Report of the Indian Hemp Drugs Commission, 1894-1895 - Volume VI
Year: 1894
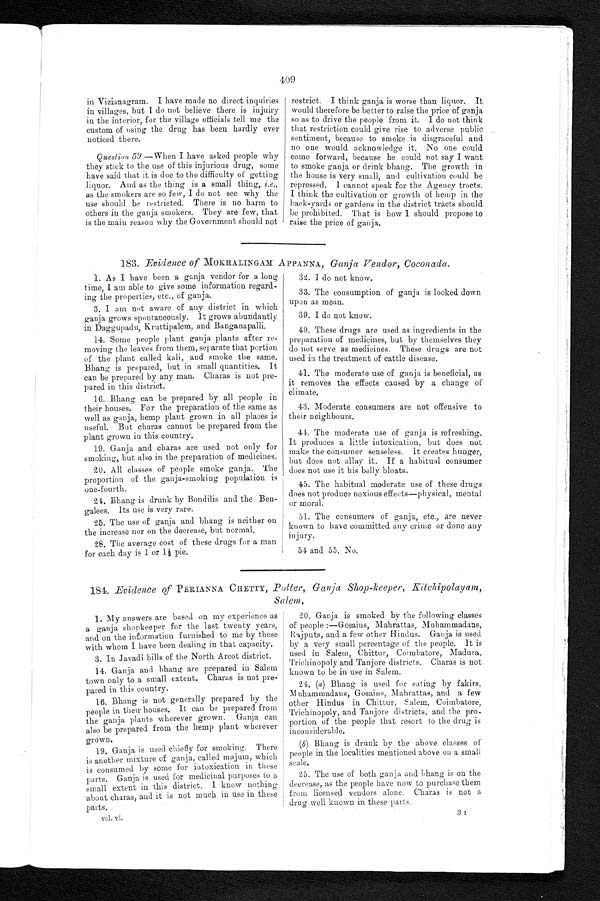
409
in Vizianagram. I have made no direct inquiries
in villages, but I do not believe there is injuiry
in the interior, for the village officials tell me the
custom of using the drug has been hardly ever
noticed there.
Question 59 .—When I have asked people why
they stick to the use of this injurious drug, some
have said that it is due to the difficulty of getting
liquor. And as the thing is a small thing, i.e.,
as the smokers are so few, I do not see why the
use should be restricted. There is no harm to
others in the ganja smokers. They are few, that
is the main reason why the Government should not
restrict. I think ganja is worse than liquor. It
would therefore be better to raise the price of ganja
so as to drive the people from it. I do not think
that restriction could give rise to adverse public
sentiment, because to smoke is disgraceful and
no one would acknowledge it. No one could
come forward, because he could not say I want
to smoke ganja or drink bhang. The growth in
the house is very small, and cultivation could be
repressed. I cannot speak for the Agency tracts.
I think the cultivation or growth of hemp in the
back-yards or gardens in the district tracts should
be prohibited. That is how I should propose to
raise the price of ganja.
183. Evidence of MOKHALINGAM APPANNA, Ganja Vendor, Coconada.
1. As I have been a ganja vendor for a long
time, I am able to give some information regard
- i n g t h e p r o p e r t i e s , e t c . , o f g a n j a .
3. I am not aware of any district in which
ganja grows spontaneously. It grows abundantly
in Daggupadu, Kruttipalem, and Banganapalli.
14. Some people plant ganja plants after re-
- m o v i n g t h e l e a v e s f r o m t h e m , s e p a r a t e t h a t p o r t i o n
of the plant called kali, and smoke the same.
Bhang is prepared, but in small quantities. It
can be prepared by any man. Charas is not pre
- p a r e d i n t h i s d i s t r i c t .
16. Bhang can be prepared by all people in
their houses. For the preparation of the same as
well as ganja, hemp plant grown in all places is
useful. But charas cannot be prepared from the
plant grown in this country.
19. Ganja and charas are used not only for
smoking, but also in the preparation of medicines.
20. All classes of people smoke ganja. The
proportion of the ganja-smoking population is
one-fourth.
24. Bhang is drunk by Bondilis and the Ben
-ees. Its use is very rare.
25. The use of ganja and bhang is neither on
the increase nor on the decrease, but normal.
28. The average cost of these drugs for a man
for each day is 1 or 1½ pie.
32. I do not know.
33. The consumption of ganja is looked down
upon as mean.
39. I do not know.
40. These drugs are used as ingredients in the
preparation of medicines, but by themselves they
do not serve as medicines. These drugs are not
used in the treatment of cattle disease.
41. The moderate use of ganja is beneficial, as
it removes the effects caused by a change of
climate.
43. Moderate consumers are not offensive to
their neighbours.
41. The moderate use of ganja is refreshing.
It produces a little intoxication, but does not
make the consumer senseless. It creates hunger,
but does not allay it. If a habitual consumer
does not use it his belly bloats.
45. The habitual moderate use of these drugs
does not produce noxious effects—physical, mental
or moral.
51. The consumers of ganja, etc., are never
known to have committed any crime or done any
injury.
54 and 55. No.
184. Evidence of PERIANNA CHETTY, Potter, Ganja Shop-keeper, Kitchipolayam, Salem.
1. My answers are based on my experience as
a ganja shopkeeper for the last twenty years,
and on the information furnished to me by those
with whom I have been dealing in that capacity.
3. In Javadi hills of the North Arcot district.
14. Ganja and bhang are prepared in Salem
town only to a small extent. Charas is not pre
- p a r e d i n t h i s c o u n t r y .
16. Bhang is not generally prepared by the
people in their houses. It can be prepared from
the ganja plants wherever grown. Ganja can
also be prepared from the hemp plant wherever
grown.
19. Ganja is used chiefly for smoking. There
is another mixture of ganja, called majum, which
is consume by some forintoxication in these
parts. Ganja is used for medicinal purposes to a
small extent in this district, I know nothing
about charas, and it is not much in use in these
parts.
vol. vi.
20. Ganja is smoked by the following classes
of people :—Gosains, Mahrattas, Muhammadans,
Rajputs, and a few other Hindus. Ganja is used
by a very small percentage of the people. It is
used in Salem, Chittur, Coimbatore, Madura,
Trichinopoly and Tanjore districts. Charas is not
known to be in use in Salem.
24. (a) Bhang is used for eating by fakirs,
Muhammadans, Gosains, Mahrattas, and a few
other Hindus in Chittur, Salem, Coimbatore,
Trichinopoly, and Tanjore districts, and the pro-
portion of the people that resort to the drug is
inconsiderable.
( b ) B h a n g i s d r u n k b y t h e a b o v e c l a s s e s o f
people in the localities mentioned above on a small
scale.
25. The use of both ganja and bhang is on the
decrease, as the people have now to purchase them
from licensed vendors alone. Charas is not a
drug well known in these parts.
3